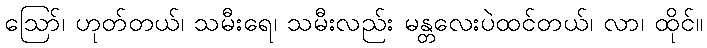
ဪ၊ ဟုတ်တယ်၊ သမီးရေ၊ သမီးလည်း မန္တလေးပဲထင်တယ်၊ လာ၊ ထိုင်။